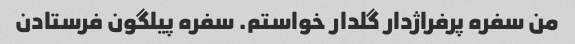
من سفره پرفراژدار گلدار خواستم. سفره پیلگون فرستادن